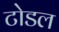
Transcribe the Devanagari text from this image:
टोडल